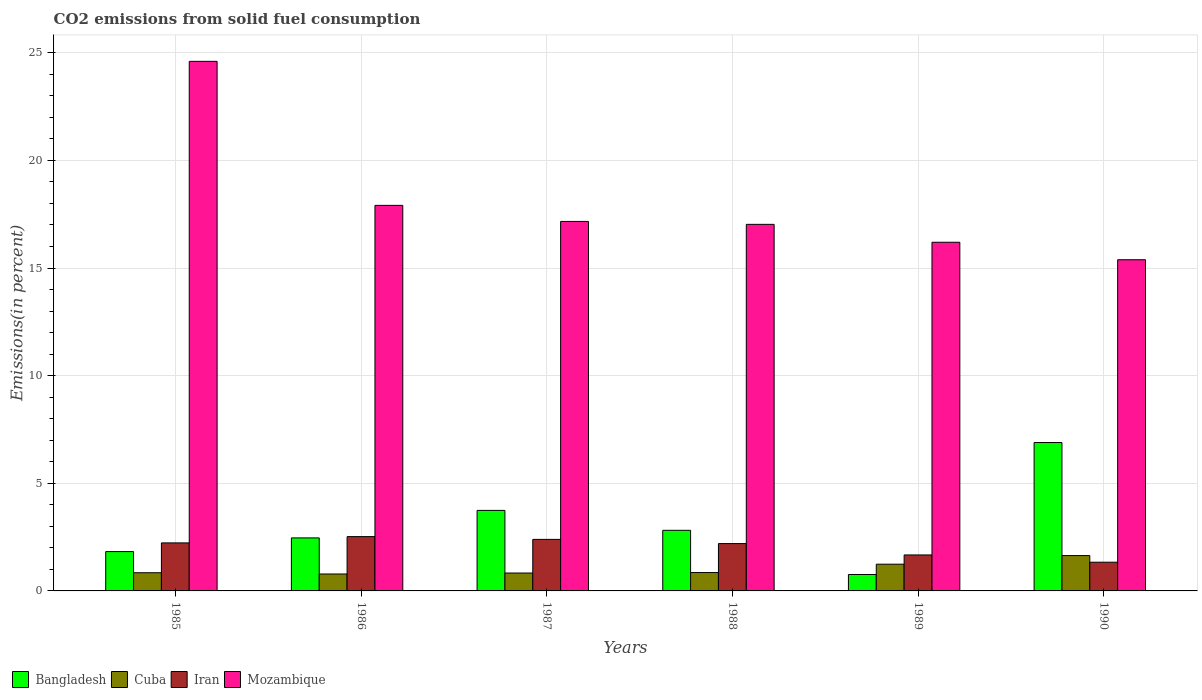
| Years | Bangladesh | Cuba | Iran | Mozambique |
 | --- | --- | --- | --- | --- |
 | 1985 | 1.83 | 0.844 | 2.23 | 24.6 |
 | 1986 | 2.46 | 0.787 | 2.52 | 17.9 |
 | 1987 | 3.74 | 0.832 | 2.39 | 17.2 |
 | 1988 | 2.82 | 0.854 | 2.2 | 17 |
 | 1989 | 0.763 | 1.24 | 1.67 | 16.2 |
 | 1990 | 6.89 | 1.64 | 1.33 | 15.4 |